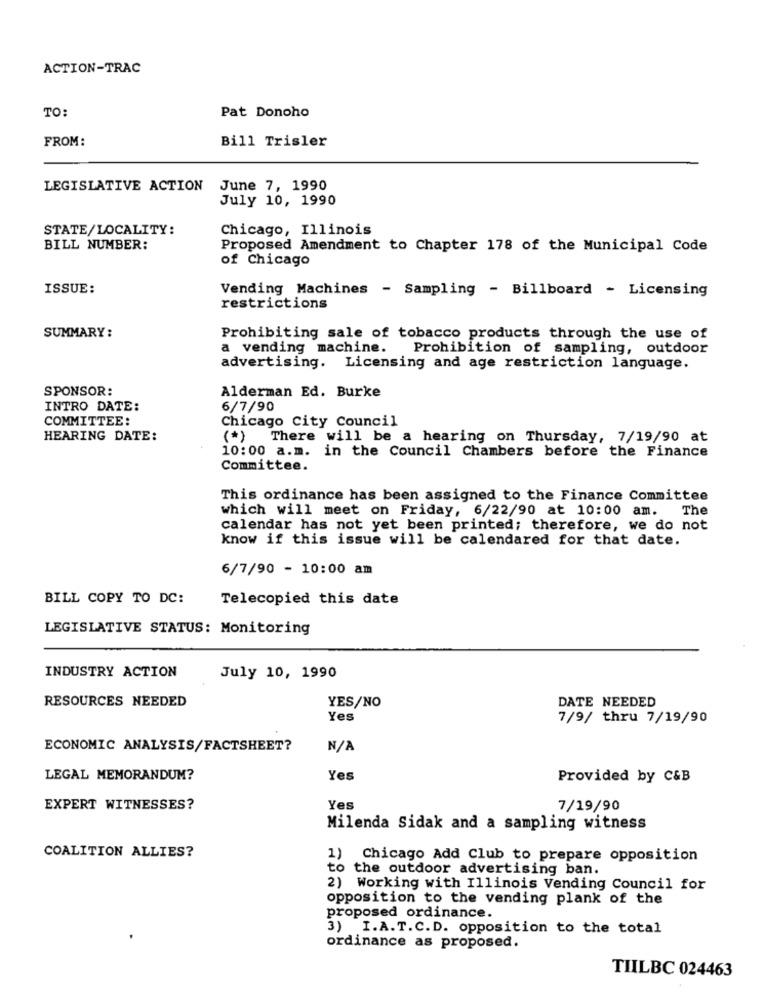
ACTION-TRAC
TO:
Pat Donoho
FROM:
Bill Trisler
LEGISLATIVE ACTION
June 7, 1990
July 10, 1990
STATE/LOCALITY:
Chicago, Illinois
BILL NUMBER:
Proposed Amendment to Chapter 178 of the Municipal Code
of Chicago
ISSUE:
Vending Machines - Sampling - Billboard - Licensing
restrictions
SUMMARY:
Prohibiting sale of tobacco products through the use of
a vending machine.
Prohibition of sampling, outdoor
advertising. Licensing and age restriction language.
SPONSOR:
Alderman Ed. Burke
INTRO DATE:
6/7/90
COMMITTEE:
Chicago City Council
HEARING DATE:
(*) There will be a hearing on Thursday, 7/19/90 at
10:00 a.m. in the Council Chambers before the Finance
Committee.
This ordinance has been assigned to the Finance Committee
which will meet on Friday, 6/22/90 at 10:00 am.
The
calendar has not yet been printed; therefore, we do not
know if this issue will be calendared for that date.
6/7/90 - 10:00 am
BILL COPY TO DC:
Telecopied this date
LEGISLATIVE STATUS: Monitoring
INDUSTRY ACTION
July 10, 1990
RESOURCES NEEDED
YES/NO
DATE NEEDED
Yes
7/9/ thru 7/19/90
ECONOMIC ANALYSIS/FACTSHEET?
LEGAL MEMORANDUM?
Yes
Provided by C&B
EXPERT WITNESSES?
Yes
7/19/90
Milenda Sidak and a sampling witness
COALITION ALLIES?
1)
Chicago Add Club to prepare opposition
to the outdoor advertising ban.
2) Working with Illinois Vending Council for
opposition to the vending plank of the
proposed ordinance.
3) I.A.T.C.D. opposition to the total
ordinance as proposed.
TIILBC 024463